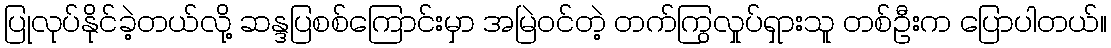
ပြုလုပ်နိုင်ခဲ့တယ်လို့ ဆန္ဒပြစစ်ကြောင်းမှာ အမြဲဝင်တဲ့ တက်ကြွလှုပ်ရှားသူ တစ်ဦးက ပြောပါတယ်။